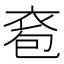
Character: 𧙌